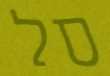
סל